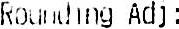
ROUNDING ADJ :